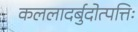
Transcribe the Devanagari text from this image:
कललादर्बुदोत्पत्तिः